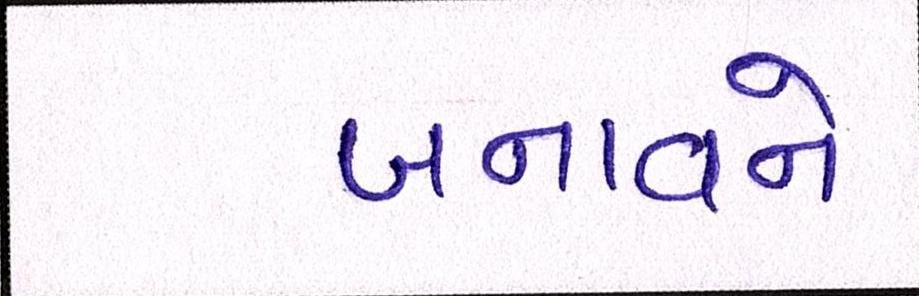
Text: બનાવને